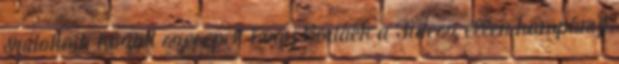
Indokaik között szerepel, hogy Bodáék a Fidesz ellen kampányt